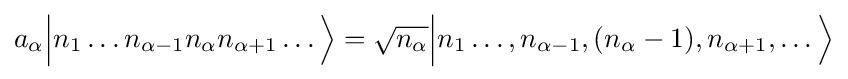
a_{\alpha }{\Big |}n_{1}\ldots n_{\alpha -1}n_{\alpha }n_{\alpha +1}\ldots {\Big \rangle }={\sqrt {n_{\alpha }}}{\Big |}n_{1}\ldots ,n_{\alpha -1},(n_{\alpha }-1),n_{\alpha +1},\ldots {\Big \rangle }